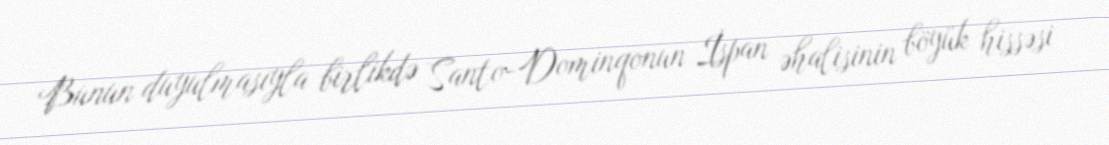
Bunun duyulmasıyla birlikdə Santo-Dominqonun İspan əhalisinin böyük hissəsi